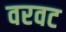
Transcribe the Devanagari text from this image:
वरवट